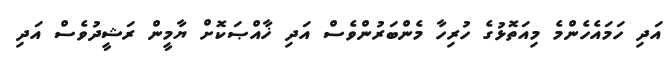
އަދި ހަމައެހެންމެ މިއަތޮޅުގެ ހުރިހާ މެންބަރުންވެސް އަދި ޚާއްޞަކޮށް ޔާމީން ރަޝީދުވެސް އަދި